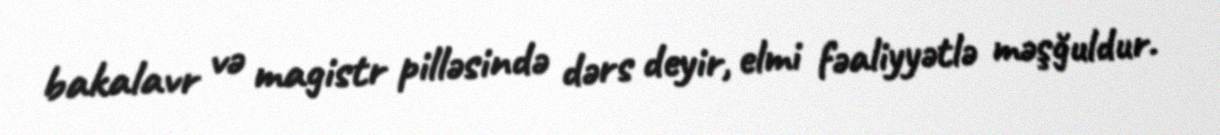
bakalavr və magistr pilləsində dərs deyir, elmi fəaliyyətlə məşğuldur.